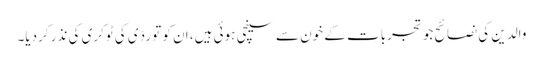
والدین کی نصائح جو تجربات کے خون سے سینچی ہوئی ہیں، ان کو تو ردّی کی ٹوکری کی نذر کردیا۔